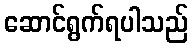
ဆောင်ရွက်ရပါသည်